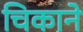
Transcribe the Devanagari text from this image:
चिकाने